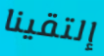
إلتقينا